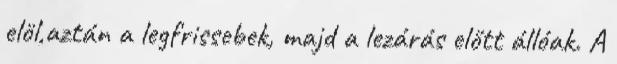
elöl,aztán a legfrissebek, majd a lezárás előtt állóak. A